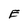
Character: E